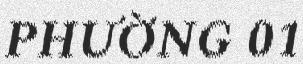
PHƯỜNG 01